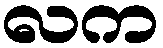
လက